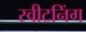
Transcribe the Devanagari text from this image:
स्वीटनिंग